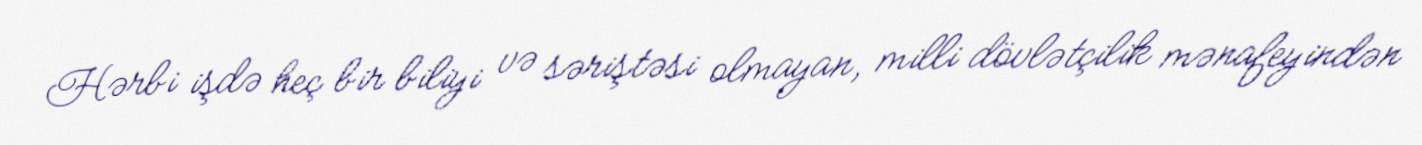
Hərbi işdə heç bir biliyi və səriştəsi olmayan, milli dövlətçilik mənafeyindən